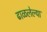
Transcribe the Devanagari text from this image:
ढाळलेल्या